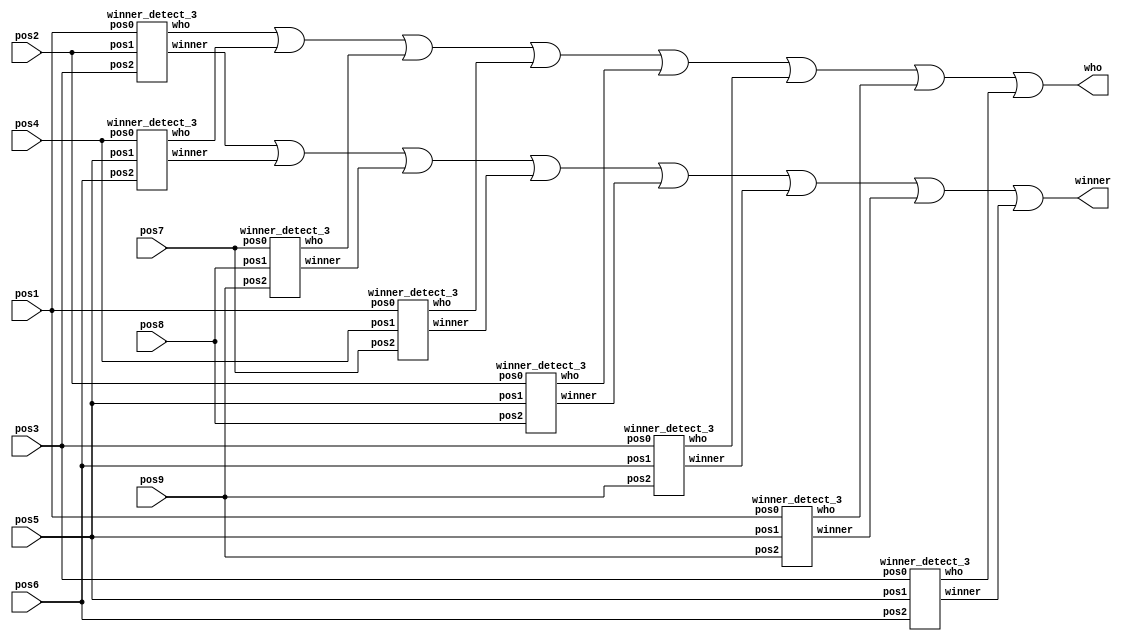
module winner_detector(input [1:0] pos1,pos2,pos3,pos4,pos5,pos6,pos7,pos8,pos9, output wire winner, output wire [1:0]who);
wire win1,win2,win3,win4,win5,win6,win7,win8;
wire [1:0] who1,who2,who3,who4,who5,who6,who7,who8;
winner_detect_3 u1(pos1,pos2,pos3,win1,who1);// (1,2,3);
winner_detect_3 u2(pos4,pos5,pos6,win2,who2);// (4,5,6);
winner_detect_3 u3(pos7,pos8,pos9,win3,who3);// (7,8,9);
winner_detect_3 u4(pos1,pos4,pos7,win4,who4);// (1,4,7);
winner_detect_3 u5(pos2,pos5,pos8,win5,who5);// (2,5,8);
winner_detect_3 u6(pos3,pos6,pos9,win6,who6);// (3,6,9);
winner_detect_3 u7(pos1,pos5,pos9,win7,who7);// (1,5,9);
winner_detect_3 u8(pos3,pos5,pos6,win8,who8);// (3,5,7);
assign winner = (((((((win1 | win2) | win3) | win4) | win5) | win6) | win7) | win8);
assign who = (((((((who1 | who2) | who3) | who4) | who5) | who6) | who7) | who8);
endmodule

module winner_detect_3(input [1:0] pos0,pos1,pos2, output wire winner, 
                       output wire [1:0]who);
wire [1:0] temp0,temp1,temp2;
wire temp3;
assign temp0[1] = !(pos0[1]^pos1[1]);
assign temp0[0] = !(pos0[0]^pos1[0]);
assign temp1[1] = !(pos2[1]^pos1[1]);
assign temp1[0] = !(pos2[0]^pos1[0]);
assign temp2[1] = temp0[1] & temp1[1];
assign temp2[0] = temp0[0] & temp1[0];
assign temp3 = pos0[1] | pos0[0];
assign winner = temp3 & temp2[1] & temp2[0];
assign who[1] = winner & pos0[1];
assign who[0] = winner & pos0[0];
endmodule